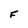
Character: F